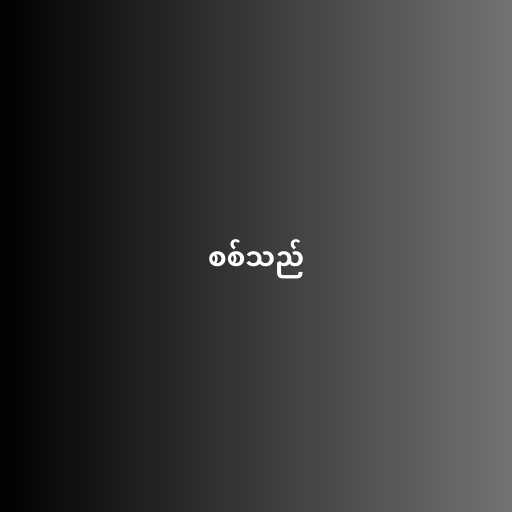
စစ်သည်